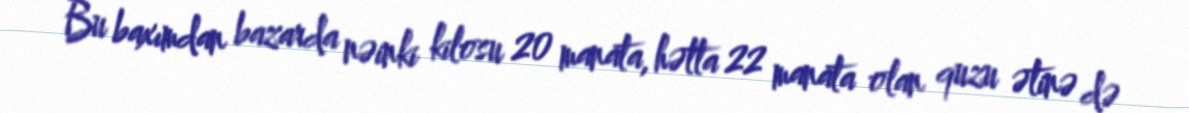
Bu baxımdan bazarda nəinki kilosu 20 manata, hətta 22 manata olan quzu ətinə də